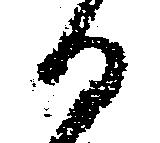
る